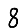
Digit: 8